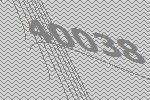
40038